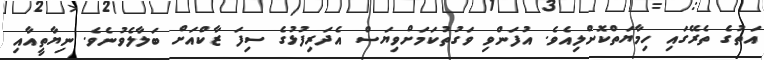
އަތުގެ ތެރޭގައި ހިމާޔަތްކޮށްލިއެވެ. އުފަންވި ވަގުތުކަމަށްވިޔަސް އެދަރިފުޅުގެ ސިފަ ޒާކްއަށް ބަލާލެވުނެވެ. ނިޔާތީއާއި